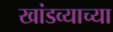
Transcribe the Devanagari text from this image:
खांडव्याच्या